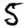
Digit: 5